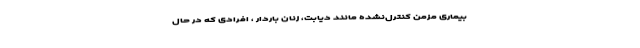
بیماری مزمن کنترل‌نشده مانند دیابت، زنان باردار ، افرادی که در حال